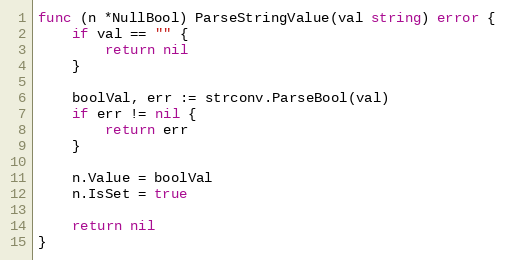
Language: Go
func (n *NullBool) ParseStringValue(val string) error {
	if val == "" {
		return nil
	}

	boolVal, err := strconv.ParseBool(val)
	if err != nil {
		return err
	}

	n.Value = boolVal
	n.IsSet = true

	return nil
}